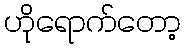
ဟိုရောက်တော့